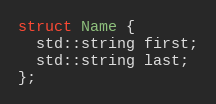
Language: C++
struct Name {
  std::string first;
  std::string last;
};